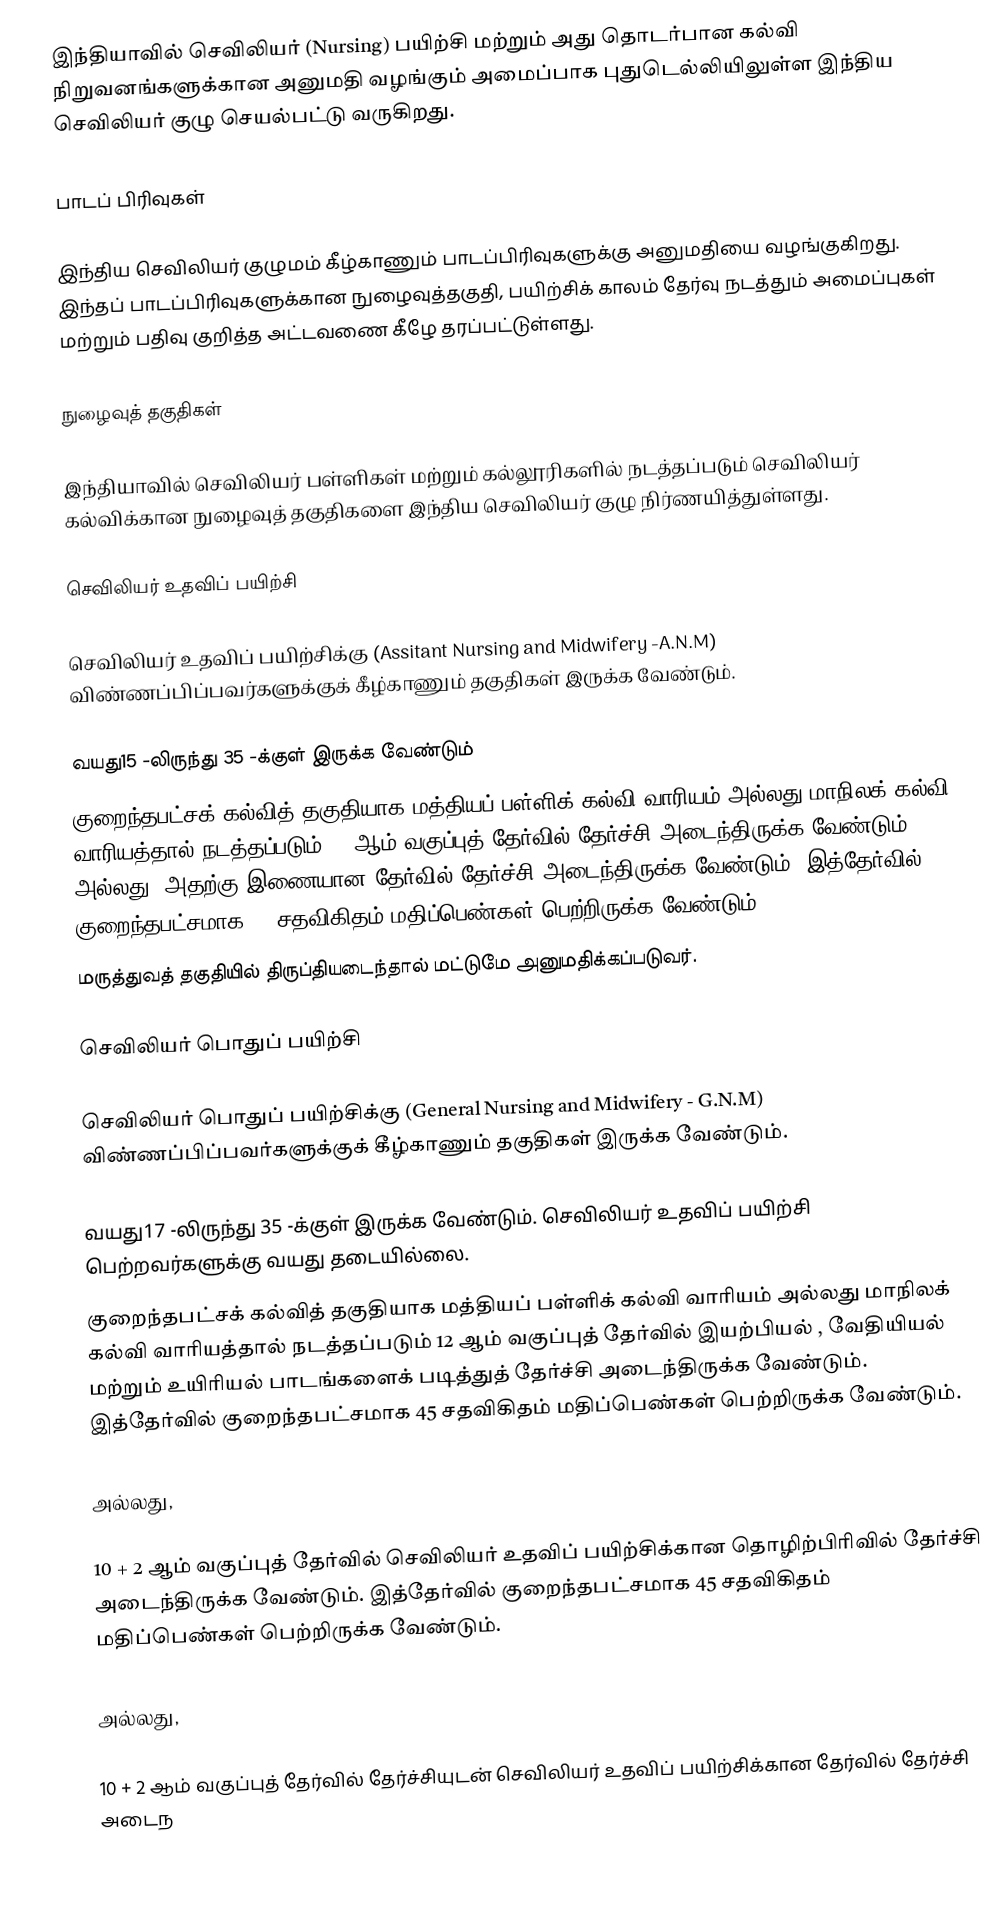
இந்தியாவில் செவிலியர் (Nursing) பயிற்சி மற்றும் அது தொடர்பான கல்வி நிறுவனங்களுக்கான அனுமதி வழங்கும் அமைப்பாக புதுடெல்லியிலுள்ள இந்திய செவிலியர் குழு செயல்பட்டு வருகிறது.

பாடப் பிரிவுகள்

இந்திய செவிலியர் குழுமம் கீழ்காணும் பாடப்பிரிவுகளுக்கு அனுமதியை வழங்குகிறது. இந்தப் பாடப்பிரிவுகளுக்கான நுழைவுத்தகுதி, பயிற்சிக் காலம் தேர்வு நடத்தும் அமைப்புகள் மற்றும் பதிவு குறித்த அட்டவணை கீழே தரப்பட்டுள்ளது.

நுழைவுத் தகுதிகள்

இந்தியாவில் செவிலியர் பள்ளிகள் மற்றும் கல்லூரிகளில் நடத்தப்படும் செவிலியர் கல்விக்கான நுழைவுத் தகுதிகளை இந்திய செவிலியர் குழு நிர்ணயித்துள்ளது.

செவிலியர் உதவிப் பயிற்சி

 செவிலியர் உதவிப் பயிற்சிக்கு (Assitant Nursing and Midwifery -A.N.M) விண்ணப்பிப்பவர்களுக்குக் கீழ்காணும் தகுதிகள் இருக்க வேண்டும்.

வயது15 -லிருந்து 35 -க்குள் இருக்க வேண்டும்
குறைந்தபட்சக் கல்வித் தகுதியாக மத்தியப் பள்ளிக் கல்வி வாரியம் அல்லது மாநிலக் கல்வி வாரியத்தால் நடத்தப்படும் 10 ஆம் வகுப்புத் தேர்வில் தேர்ச்சி அடைந்திருக்க வேண்டும். அல்லது, அதற்கு இணையான தேர்வில் தேர்ச்சி அடைந்திருக்க வேண்டும். இத்தேர்வில் குறைந்தபட்சமாக 45 சதவிகிதம் மதிப்பெண்கள் பெற்றிருக்க வேண்டும்.
மருத்துவத் தகுதியில் திருப்தியடைந்தால் மட்டுமே அனுமதிக்கப்படுவர்.

செவிலியர் பொதுப் பயிற்சி

 செவிலியர் பொதுப் பயிற்சிக்கு (General Nursing and Midwifery - G.N.M) விண்ணப்பிப்பவர்களுக்குக் கீழ்காணும் தகுதிகள் இருக்க வேண்டும்.

வயது17 -லிருந்து 35 -க்குள் இருக்க வேண்டும். செவிலியர் உதவிப் பயிற்சி பெற்றவர்களுக்கு வயது தடையில்லை.
குறைந்தபட்சக் கல்வித் தகுதியாக மத்தியப் பள்ளிக் கல்வி வாரியம் அல்லது மாநிலக் கல்வி வாரியத்தால் நடத்தப்படும் 12 ஆம் வகுப்புத் தேர்வில் இயற்பியல் , வேதியியல் மற்றும் உயிரியல் பாடங்களைக் படித்துத் தேர்ச்சி அடைந்திருக்க வேண்டும். இத்தேர்வில் குறைந்தபட்சமாக 45 சதவிகிதம் மதிப்பெண்கள் பெற்றிருக்க வேண்டும்.

அல்லது,

10 + 2 ஆம் வகுப்புத் தேர்வில் செவிலியர் உதவிப் பயிற்சிக்கான தொழிற்பிரிவில் தேர்ச்சி அடைந்திருக்க வேண்டும். இத்தேர்வில் குறைந்தபட்சமாக 45 சதவிகிதம் மதிப்பெண்கள் பெற்றிருக்க வேண்டும்.

அல்லது,

10 + 2 ஆம் வகுப்புத் தேர்வில் தேர்ச்சியுடன் செவிலியர் உதவிப் பயிற்சிக்கான தேர்வில் தேர்ச்சி அடைந